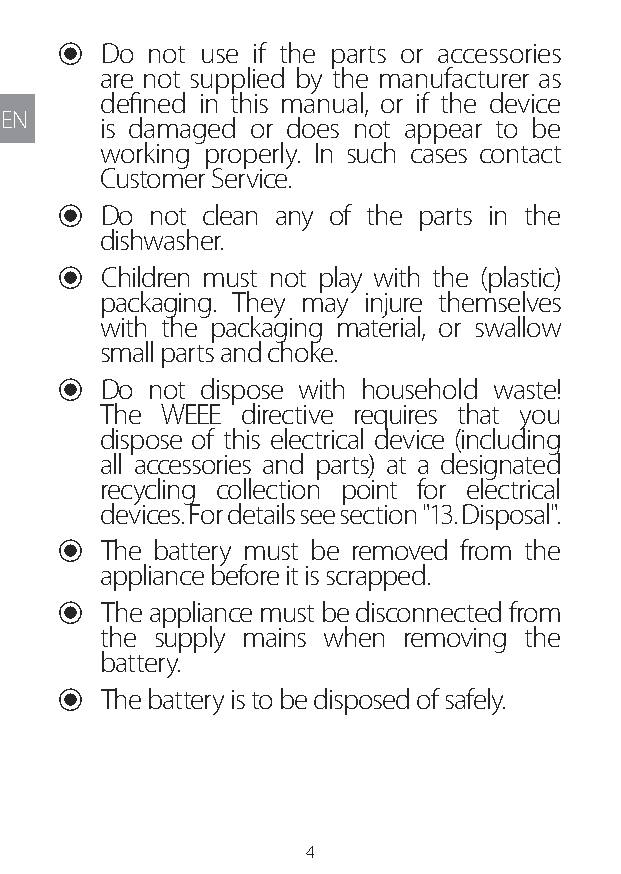
U Do not use if the parts or accessories
 are not supplied by the manufacturer as
 defined in this manual, or if the device
 EN
 is damaged or does not appear to be
 working properly. In such cases contact
 Customer Service.
 U Do  not clean any of the parts in the
 dishwasher.
 U Children must not play with the (plastic)
 packaging. They may injure themselves
 with the packaging material, or swallow
 small parts and choke.
 U Do  not dispose with household waste!
 The WEEE  directive requires that you
 dispose of this electrical device (including
 all accessories and parts) at a designated
 recycling collection point for electrical
 devices. For details see section "13. Disposal".
 U The battery must be removed from the
 appliance before it is scrapped.
 U The appliance must be disconnected from
 the supply mains when removing the
 battery.
 U The battery is to be disposed of safely.
 4
 Lipo UM EU124 3545B inside ALL EU124 ED296-24 release.indd 4 14/08/2018 10:57:31